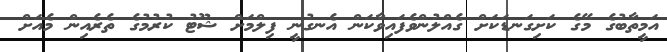
އަމީތާބުގެ މޭގެ ކަށިގަނޑަކަށް ގެއްލުންވެފައިވާކަން އެނގުނީ ފިލްމަށް ޝޫޓު ކުރުމުގެ ތެރެއިން މެއަށް